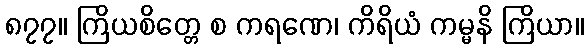
၈၇၇။ ကြိယစိတ္တေ စ ကရဏေ၊ ကိရိယံ ကမ္မနိ ကြိယာ။